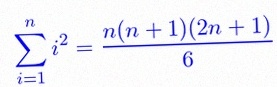
\sum_{i=1}^{n}i^2=\frac{n(n+1)(2n+1)}6